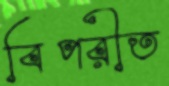
বিপরীত